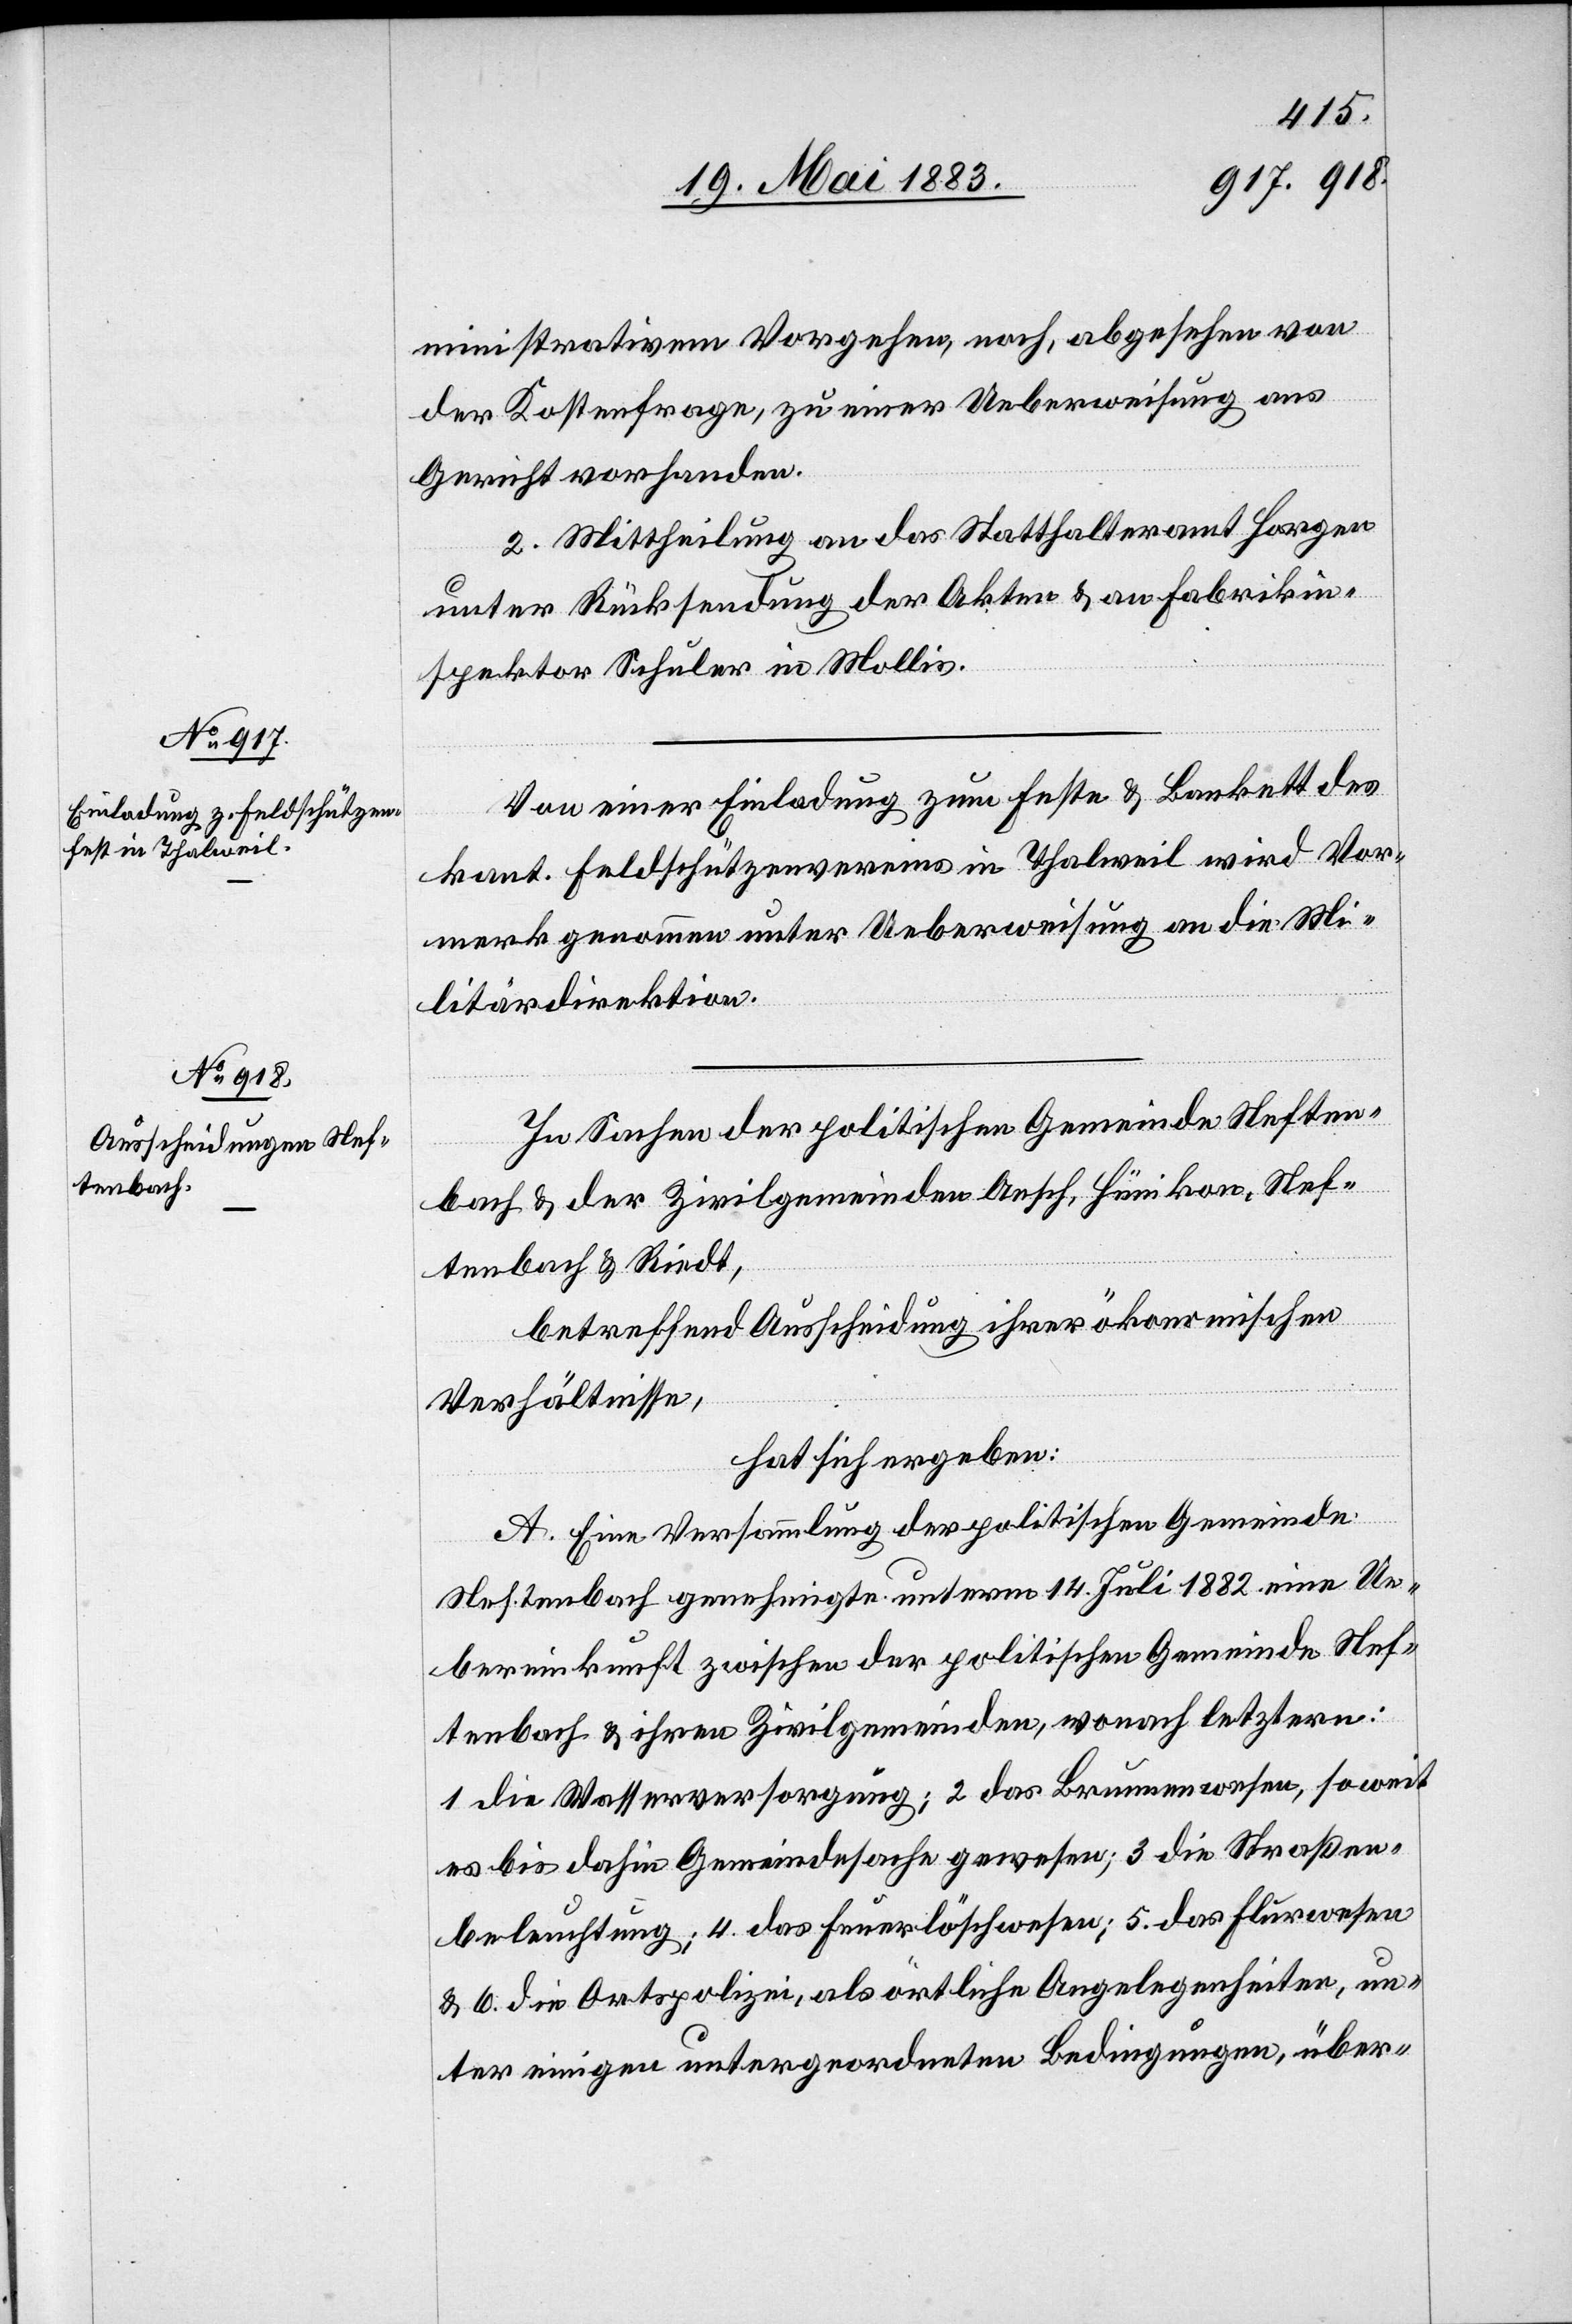
ministrativem Vorgehen, noch, abgesehen von
der Kostenfrage, zu einer Ueberweisung ans
Gericht vorhanden.
2. Mittheilung an das Statthalteramt Horgen
unter Rücksendung der Akten & an Fabrikin¬
spektor Schuler in Mollis.
Von einer Einladung zum Feste & Bankett des
kant. Feldschützenvereins in Thalweil wird Vor¬
merk genommen unter Ueberweisung an die Mi¬
litärdirektion.
In Sachen der politischen Gemeinde Neften¬
bach & der Zivilgemeinden Aesch, Hünikon, Nef¬
tenbach & Riedt,
betreffend Ausscheidung ihrer ökonomischen
Verhältnisse,
hat sich ergeben:
A. Eine Versammlung der politischen Gemeinde
Neftenbach genehmigte unterm 14. Juli 1882 eine Ue¬
bereinkunft zwischen der politischen Gemeinde Nef¬
tenbach & ihren Zivilgemeinden, wonach letztern:
1. die Wasserversorgung; 2. das Brunnenwesen, soweit
es bis dahin Gemeindesache gewesen; 3. die Straßen¬
beleuchtung; 4. das Feuerlöschwesen; 5. das Flurwesen
& 6. die Ortspolizei, als örtliche Angelegenheiten, un¬
ter einigen untergeordneten Bedingungen, über-